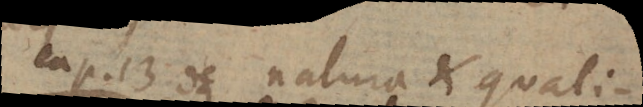
cap. 13. De natura et quali-